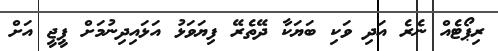
ރިޕޯޓެއް ނެރެ އަދި ވަކި ބަޔަކާ ދޭތެރޭ ފިޔަވަޅު އަޅައިދިނުމަށް ޕީޖީ އަށް